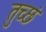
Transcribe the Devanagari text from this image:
तुच्छं